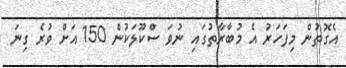
އެގޮތުން މިފަހަރު އެ މުބާރާތުގައި ނުވަ ސްކޫލަކުން 150 އަށް ވުރެ ގިނަ